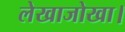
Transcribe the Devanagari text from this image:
लेखाजोखा।